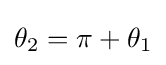
\theta _{2}=\pi +\theta _{1}